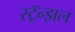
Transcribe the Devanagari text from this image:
स्ट्रॅन्झल